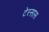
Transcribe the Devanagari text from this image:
टेस्सास